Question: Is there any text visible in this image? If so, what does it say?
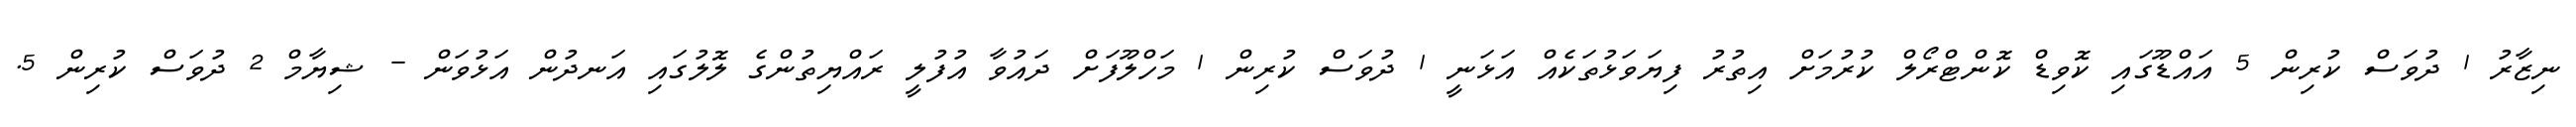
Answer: ނިޒާރު 1 ދުވަސް ކުރިން 5 އައްޑޫގައި ކޮވިޑް ކޮންޓްރޯލް ކުރުމަށް އިތުރު ފިޔަވަޅުތަކެއް އަޅަނީ 1 ދުވަސް ކުރިން 1 މަހްލޫފަށް ދައުވާ އުފުލީ ރައްޔިތުންގެ ލޮލުގައި އަނދުން އަޅުވަން - ޝިޔާމް 2 ދުވަސް ކުރިން 5.